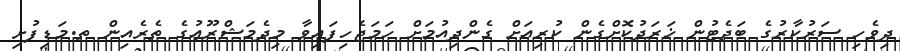
ދިވެހި ސަރުކާރުގެ ބަޖެޓުން ޚަރަދުކޮށްގެން ކުރިއަށް ގެންދިއުމަށް ހަމަޖެހިފައިވާ މިދެމަޝްރޫޢުގެ ތެރެއިން ތ.މަޑިފުށި